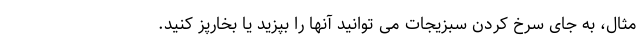
مثال، به جای سرخ کردن سبزیجات می توانید آنها را بپزید یا بخارپز کنید.